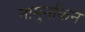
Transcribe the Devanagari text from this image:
नामुनकिन